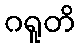
ဂရူတိ